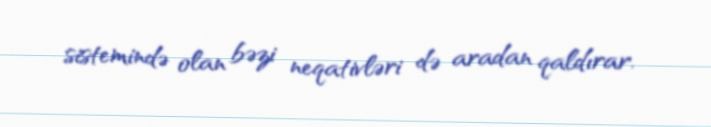
sistemində olan bəzi neqativləri də aradan qaldırar.